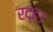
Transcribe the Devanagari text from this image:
रद्द।